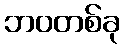
ဘဝတစ်ခု